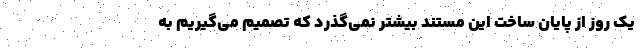
یک روز از پایان ساخت این مستند بیشتر نمی‌گذرد که تصمیم می‌گیریم به